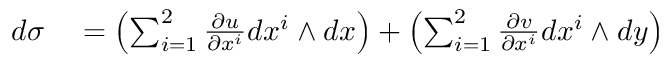
\begin{array} { r l } { d \sigma } & { { } = \left( \sum _ { i = 1 } ^ { 2 } { \frac { \partial u } { \partial x ^ { i } } } d x ^ { i } \wedge d x \right) + \left( \sum _ { i = 1 } ^ { 2 } { \frac { \partial v } { \partial x ^ { i } } } d x ^ { i } \wedge d y \right) } \end{array}